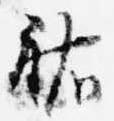
祐